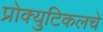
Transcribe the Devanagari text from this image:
प्रोक्युटिकलचे